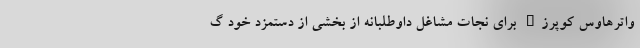
واترهاوس کوپرز" برای نجات مشاغل داوطلبانه از بخشی از دستمزد خود گ